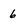
Character: 6